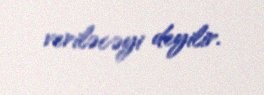
veriləcəyi deyilir.